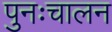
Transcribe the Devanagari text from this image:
पुनःचालन